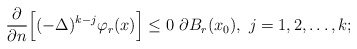
\begin{align*}\frac{\partial}{\partial n}\Big[ (-\Delta)^{k-j}\varphi_{r}(x) \Big] \leq 0 \,\, \partial B_{r}(x_0),\,\, j=1,2,\ldots, k;\end{align*}